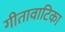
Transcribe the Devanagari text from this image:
गीतावाटिका